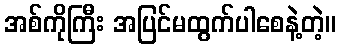
အစ်ကိုကြီး အပြင်မထွက်ပါစေနဲ့တဲ့။